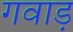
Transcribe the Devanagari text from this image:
गवाड़